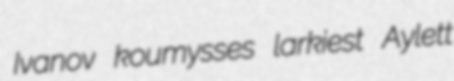
Ivanov koumysses larkiest Aylett